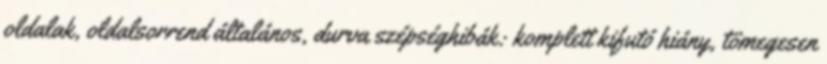
oldalak, oldalsorrend általános, durva szépséghibák: komplett kifutó hiány, tömegesen